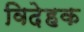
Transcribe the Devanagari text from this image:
विदेहक